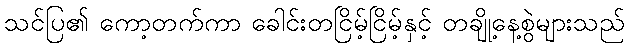
သင်ပြ၏ ကော့တက်ကာ ခေါင်းတငြိမ့်ငြိမ့်နှင့် တချို့နေ့စွဲများသည်